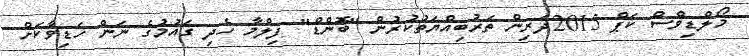
މޯލްޑިވްސް ކަޕް 2015ދަރިން ތަރުބިއްޔަތުކުރުން "ބޮންޑް" ފިލްމާ ހެދި ގައުމުގެ ނަން ހަޑިވާކަށް